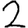
Digit: 2